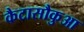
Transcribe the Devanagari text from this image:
कैटासौकुआ